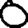
Digit: 0